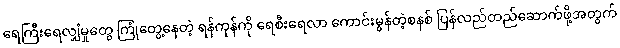
ရေကြီးရေလျှံမှုတွေ ကြုံတွေ့နေတဲ့ ရန်ကုန်ကို ရေစီးရေလာ ကောင်းမွန်တဲ့စနစ် ပြန်လည်တည်ဆောက်ဖို့အတွက်